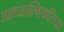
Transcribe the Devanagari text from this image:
आध्यात्मिकरित्या